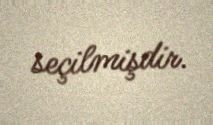
seçilmişdir.